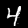
Label: 4